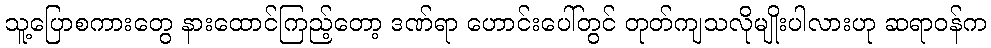
သူ့ပြောစကားတွေ နားထောင်ကြည့်တော့ ဒဏ်ရာ ဟောင်းပေါ်တွင် တုတ်ကျသလိုမျိုးပါလားဟု ဆရာဝန်က